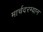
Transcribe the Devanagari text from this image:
मार्चदरम्यान